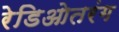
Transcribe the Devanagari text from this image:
रेडिओतरंग